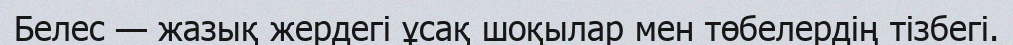
Белес — жазық жердегі ұсақ шоқылар мен төбелердің тізбегі.